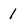
Character: 1